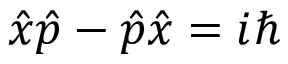
{ \hat { x } } { \hat { p } } - { \hat { p } } { \hat { x } } = i \hbar